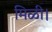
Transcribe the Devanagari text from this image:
मिळी।